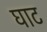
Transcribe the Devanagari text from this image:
घाट